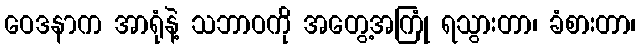
ဝေဒနာက အာရုံနဲ့ သဘာဝကို အတွေ့အကြုံ ရသွားတာ၊ ခံစားတာ၊